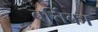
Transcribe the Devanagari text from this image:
बर्त्तिका